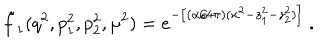
LaTeX: \tilde { f } _ { 1 } ( q ^ { 2 } , p _ { 1 } ^ { 2 } , p _ { 2 } ^ { 2 } , \mu ^ { 2 } ) = e ^ { - \big [ ( \alpha / 4 \pi ) ( x ^ { 2 } - z _ { 1 } ^ { 2 } - z _ { 2 } ^ { 2 } ) \big ] } ~ .